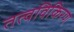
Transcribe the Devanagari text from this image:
तत्वविकिरण